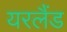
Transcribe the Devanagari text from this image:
यरलैंड